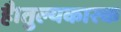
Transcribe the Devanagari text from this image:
है।तुल्यकारक